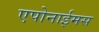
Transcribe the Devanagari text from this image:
एपोनाईमस